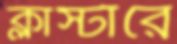
ক্লাস্টারে